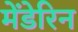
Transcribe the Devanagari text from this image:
मेंडेरिन